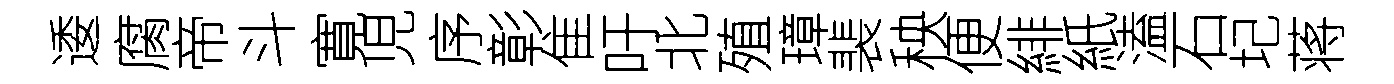
逶腐帝斗寛児序彰隹吁北殖璋裴秧便緋紙溘石圮蒋